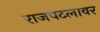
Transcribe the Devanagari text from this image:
राजपटलावर